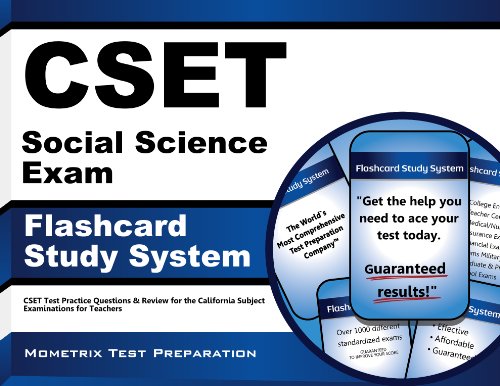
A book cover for CSET Social Science Exam Flashcard Study System: CSET Test Practice Questions & Review for the California Subject Examinations for Teachers (Cards); CSET Exam Secrets Test Prep Team; Test Preparation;